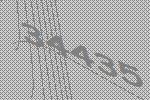
34435